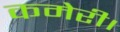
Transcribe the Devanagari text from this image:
कमेरी।